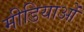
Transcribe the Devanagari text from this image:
मीडियाओं